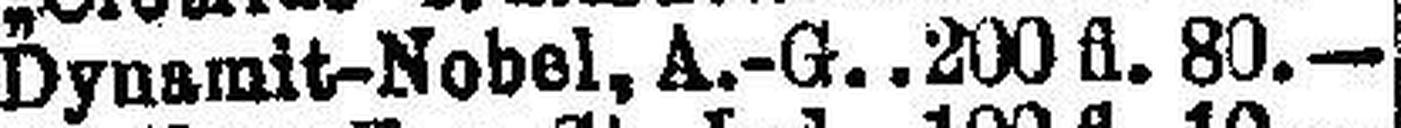
Dynsmit-Nobel. A.-G. 200 fl. 80.—